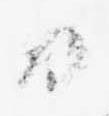
日